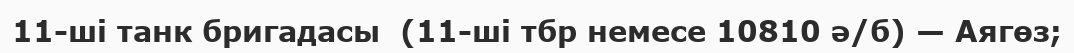
11-ші танк бригадасы  (11-ші тбр немесе 10810 ә/б) — Аягөз;